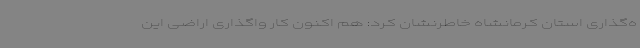
ه‌گذاری استان کرمانشاه خاطرنشان کرد: هم اکنون کار واگذاری اراضی این